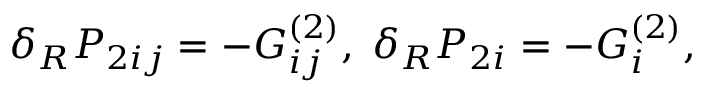
\delta _ { R } { \cal P } _ { 2 i j } = - G _ { i j } ^ { ( 2 ) } , \; \delta _ { R } P _ { 2 i } = - G _ { i } ^ { ( 2 ) } ,